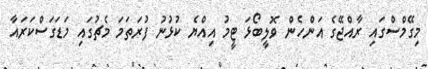
މިގޭމްސްގައި ރާއްޖޭގެ އަންހެން ވޮލީބޯޅަ ޓީމު އިއްޔެ ކުޅުނު ފުރަތަމަ މެޗުގައި މަޑަގަސްކަރައާ